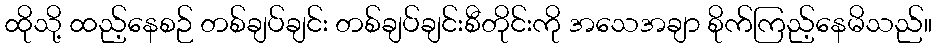
ထိုသို့ ထည့်နေစဉ် တစ်ချပ်ချင်း တစ်ချပ်ချင်းစီတိုင်းကို အသေအချာ စိုက်ကြည့်နေမိသည်။